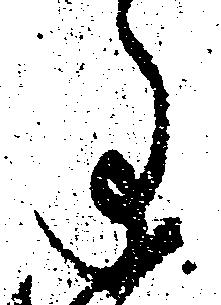
事